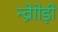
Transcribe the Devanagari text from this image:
न्व्रेाोड़ी